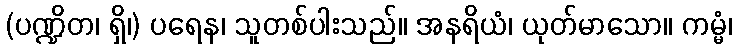
(ပဏ္ဍိတ၊ ရှိ၊) ပရေန၊ သူတစ်ပါးသည်။ အနရိယံ၊ ယုတ်မာသော။ ကမ္မံ၊